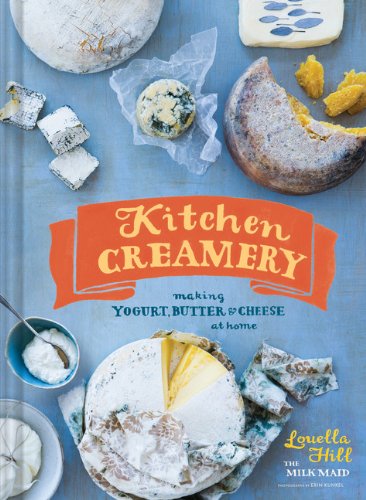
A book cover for Kitchen Creamery: Making Yogurt, Butter & Cheese at Home; Louella Hill; Cookbooks, Food & Wine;